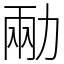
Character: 㔝